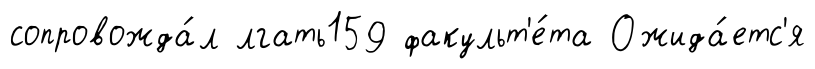
сопровожда́л лгать159 факульт'е́та Ожида́етс'я